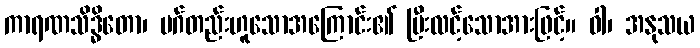
ကာရဏသိဒ္ဓိတော၊ မဂ်တည်းဟူသောအကြောင်း၏ ပြီးလင့်သောအားဖြင့်။ ဝါ၊ အနုသယ